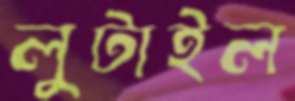
লুটাইল